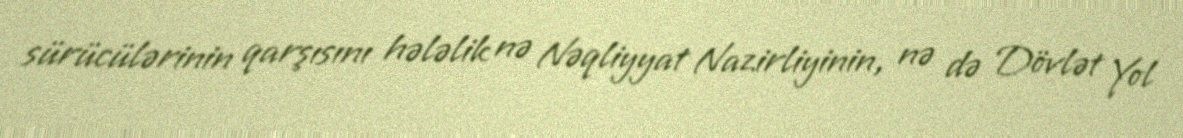
sürücülərinin qarşısını hələlik nə Nəqliyyat Nazirliyinin, nə də Dövlət Yol